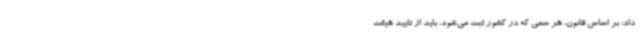
داد: بر اساس قانون، هر سمی که در کشور ثبت می‌شود، باید از تایید هیئت